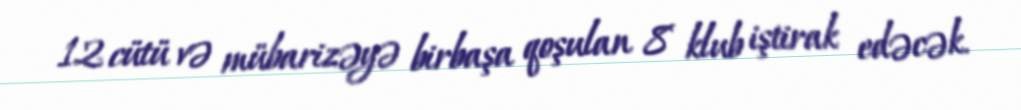
12 cütü və mübarizəyə birbaşa qoşulan 8 klub iştirak edəcək.